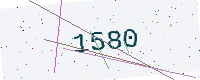
Text: 1580